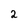
Character: 2